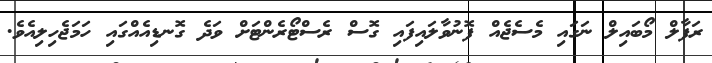
ރަފާލް މޯބައިލް ނަގައި މެސެޖެއް ފޮނުވާލައިފައި ގޮސް ރެސްޓޯރެންޓަށް ވަދެ ގޮނޑިއެއްގައި ހަމަޖެހިލިއެވެ.